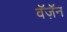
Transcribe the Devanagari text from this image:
वॅज़ॅन